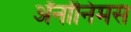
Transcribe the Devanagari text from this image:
ॲनॉनिमस